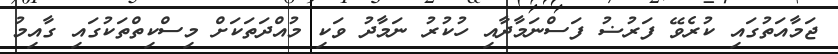
ޖަމާއަތުގައި ކުރެވޭ ފަރުޟު ފަސްނަމާދާއި ހުކުރު ނަމާދު ވަކި މުއްދަތަކަށް މިސްކިތްތަކުގައި ގާއިމު